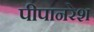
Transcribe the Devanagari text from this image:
पीपानरेश